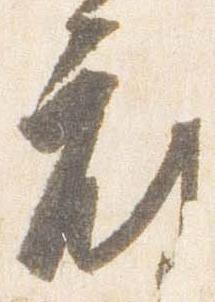
府